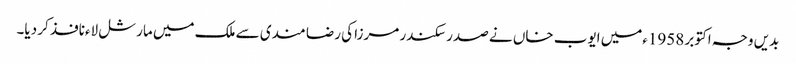
بدیں وجہ اکتوبر 1958ءمیں ایوب خاں نے صدر سکندر مرزا کی رضا مندی سے ملک میں مارشل لاءنافذ کر دیا۔